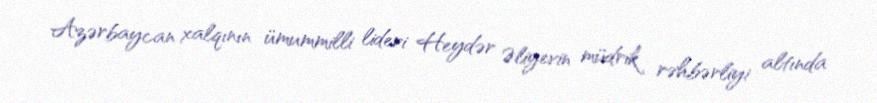
Azərbaycan xalqının ümummilli lideri Heydər Əliyevin müdrik rəhbərliyi altında